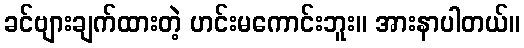
ခင်ဗျားချက်ထားတဲ့ ဟင်းမကောင်းဘူး။ အားနာပါတယ်။